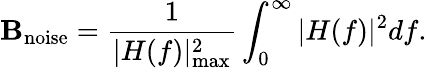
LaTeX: \mathbf{B}_{\mathrm{{noise}}}={\frac{{1}}{{|H(f)|_{\operatorname*{max}}^{2}}}}\int_{0}^{\infty}|H(f)|^{2}df.